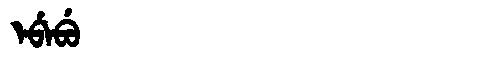
Manchu: ᡝᠪᡝᠪᡠ
Romanization: EBEBU